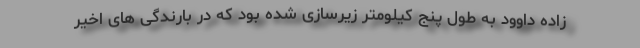
زاده داوود به طول پنج کیلومتر زیرسازی شده بود که در بارندگی های اخیر